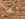
إبحثي